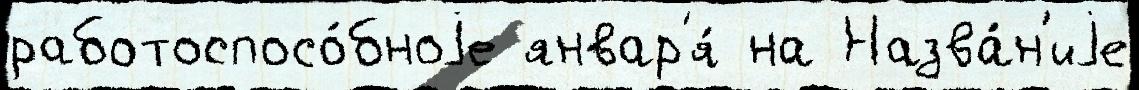
работоспосо́бноjе январ'я́ на Назва́н'иjе